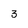
Character: 3